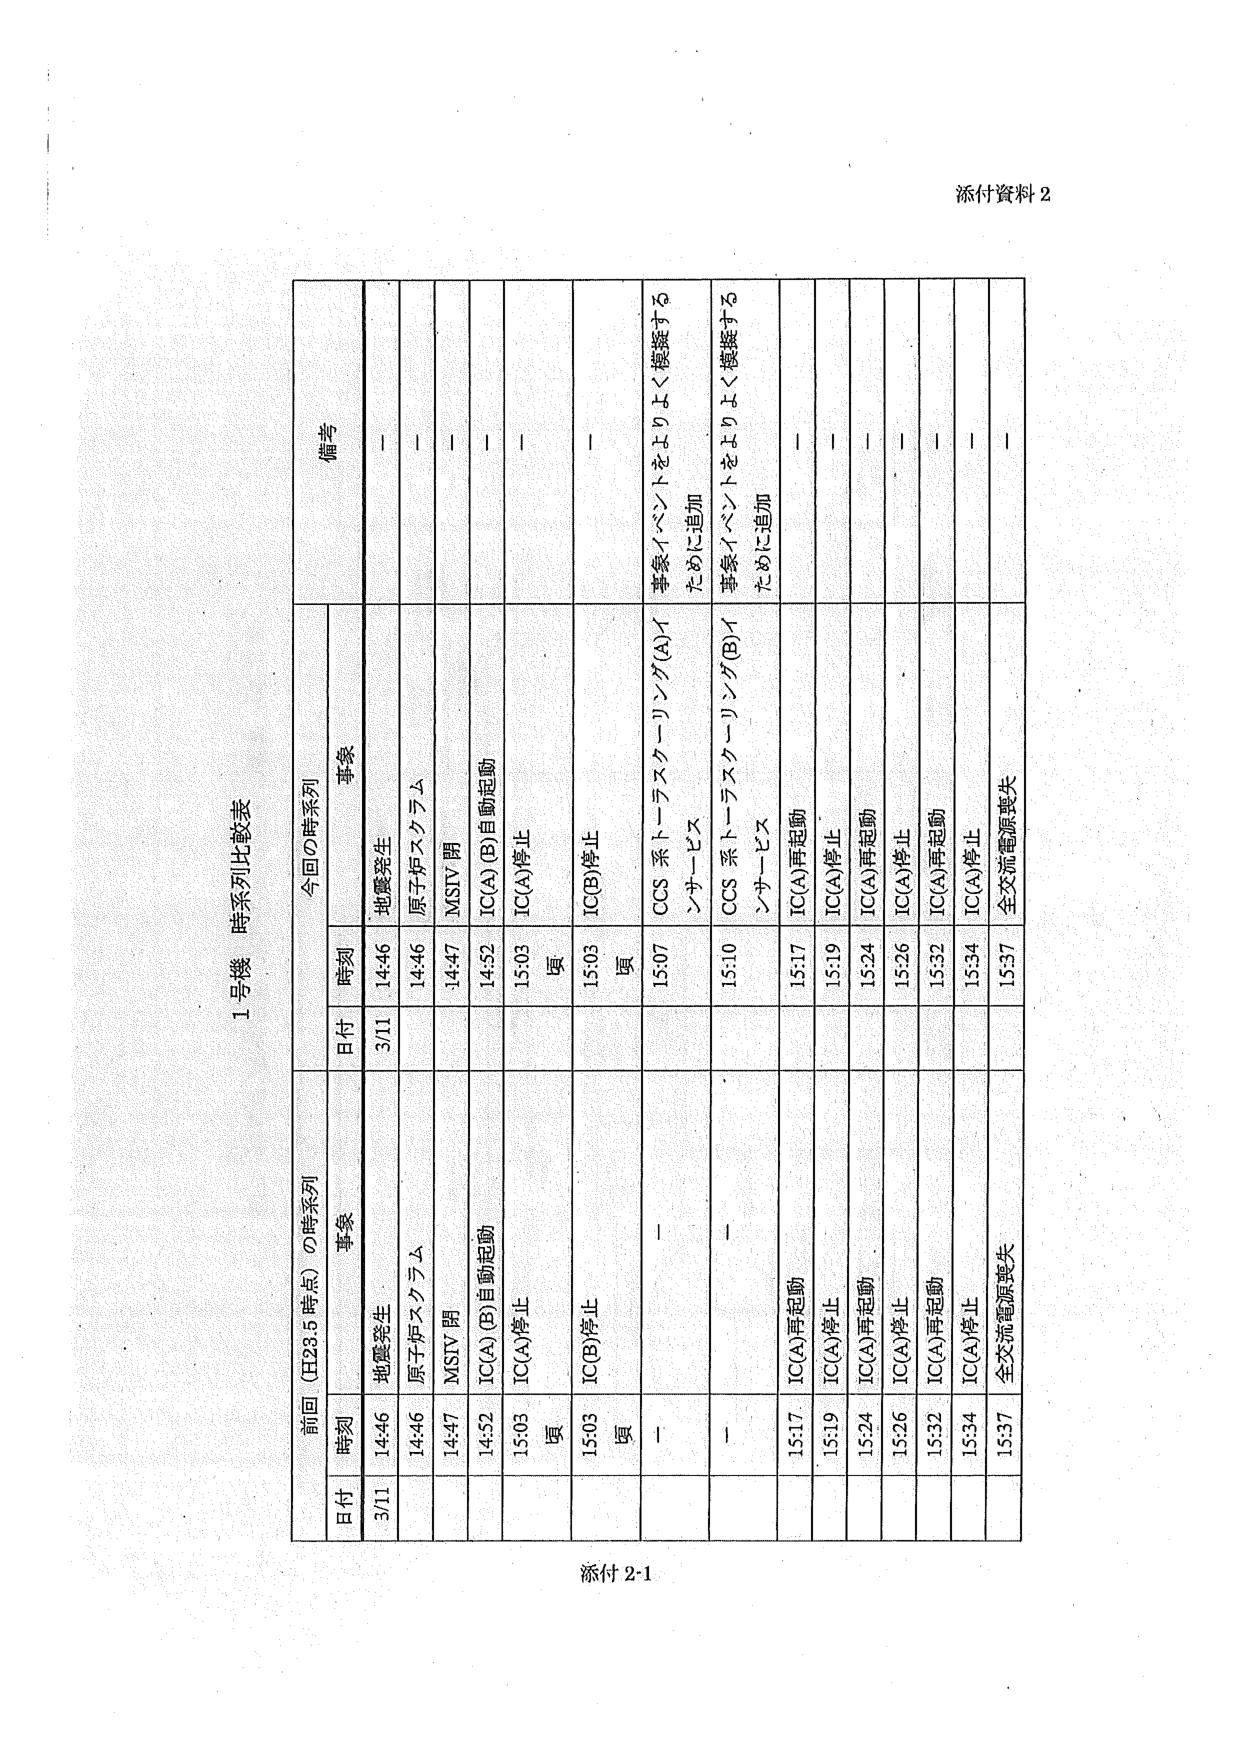
添付資料 2

1号機 時系列比較表

前回（H28.6時点）の時系列 今回の時系列 備考
日付 時刻 事象 日付 時刻 事象
3/11 14:46 地震発生 3/11 14:46 地震発生 －
14:46 原子炉スクラム 14:46 原子炉スクラム －
14:47 MSIV 閉 14:47 MSIV 閉 －
14:52 IC(A)(B)自動起動 14:52 IC(A)(B)自動起動 －
15:03 IC(A)停止 15:03 IC(A)停止 －
頃 頃
15:03 IC(B)停止 15:03 IC(B)停止 －
頃 頃
－ － 15:07 CCS 系トーラスケーリング(A)イ 事象イベントをよりよく模擬する ための追加
ンサービス
－ － 15:10 CCS 系トーラスケーリング(B)イ 事象イベントをよりよく模擬する ための追加
ンサービス
15:17 IC(A)再起動 15:17 IC(A)再起動 －
15:19 IC(A)停止 15:19 IC(A)停止 －
15:24 IC(A)再起動 15:24 IC(A)再起動 －
15:26 IC(A)停止 15:26 IC(A)停止 －
15:32 IC(A)再起動 15:32 IC(A)再起動 －
15:34 IC(A)停止 15:34 IC(A)停止 －
15:37 全交流電源喪失 15:37 全交流電源喪失 －

添付 2-1